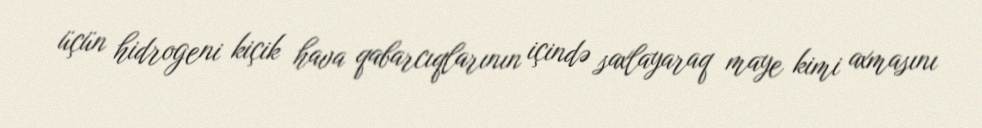
üçün hidrogeni kiçik hava qabarcıqlarının içində saxlayaraq maye kimi axmasını